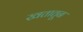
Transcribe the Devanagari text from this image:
खतातून